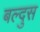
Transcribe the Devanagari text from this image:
बल्दुस